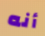
أنه